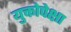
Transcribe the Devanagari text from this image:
युक्तोपेक्षा